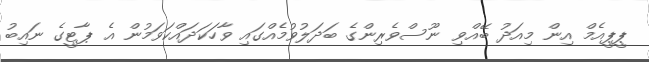
ޕީޕީއެމް އިން މިއަދު ބޭއްވި ނޫސްވެރިންގެ ބަދަލުވުމެއްގައި ވާހަކަދައްކަވަމުން އެ ޕާޓީގެ ނައިބު